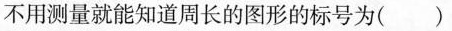
不用测量就能知道周长的图形的标号为(